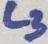
Text: L3